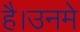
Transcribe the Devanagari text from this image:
है।उनमे